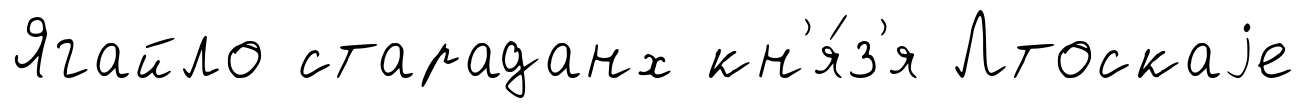
Ягайло стараданх кн'я́з'я Лтоскаjе